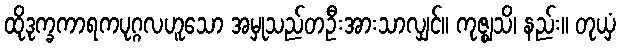
ထိုဒုက္ခကာရကပုဂ္ဂလဟူသော အမှုသည်တဦးအားသာလျှင်။ ကုဇ္ဈသိ၊ နည်း။ တုယှံ